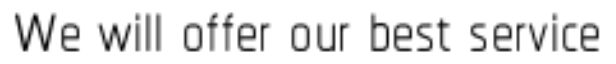
We will offer our best service